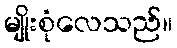
မျိုးစုံလေသည်။